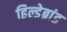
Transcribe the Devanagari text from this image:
हिल्डेब्रांड